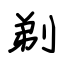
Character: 剃